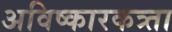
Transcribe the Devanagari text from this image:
अविष्कारकत्र्ता